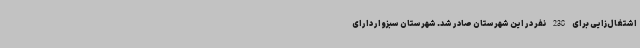
اشتغال‌زایی برای 238 نفر در این شهرستان صادر شد. شهرستان سبزوار دارای